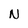
Character: N